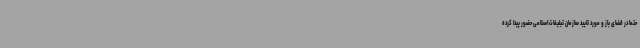
حتما در فضای باز و مورد تایید سازمان تبلیغات اسلامی حضور پیدا کرده